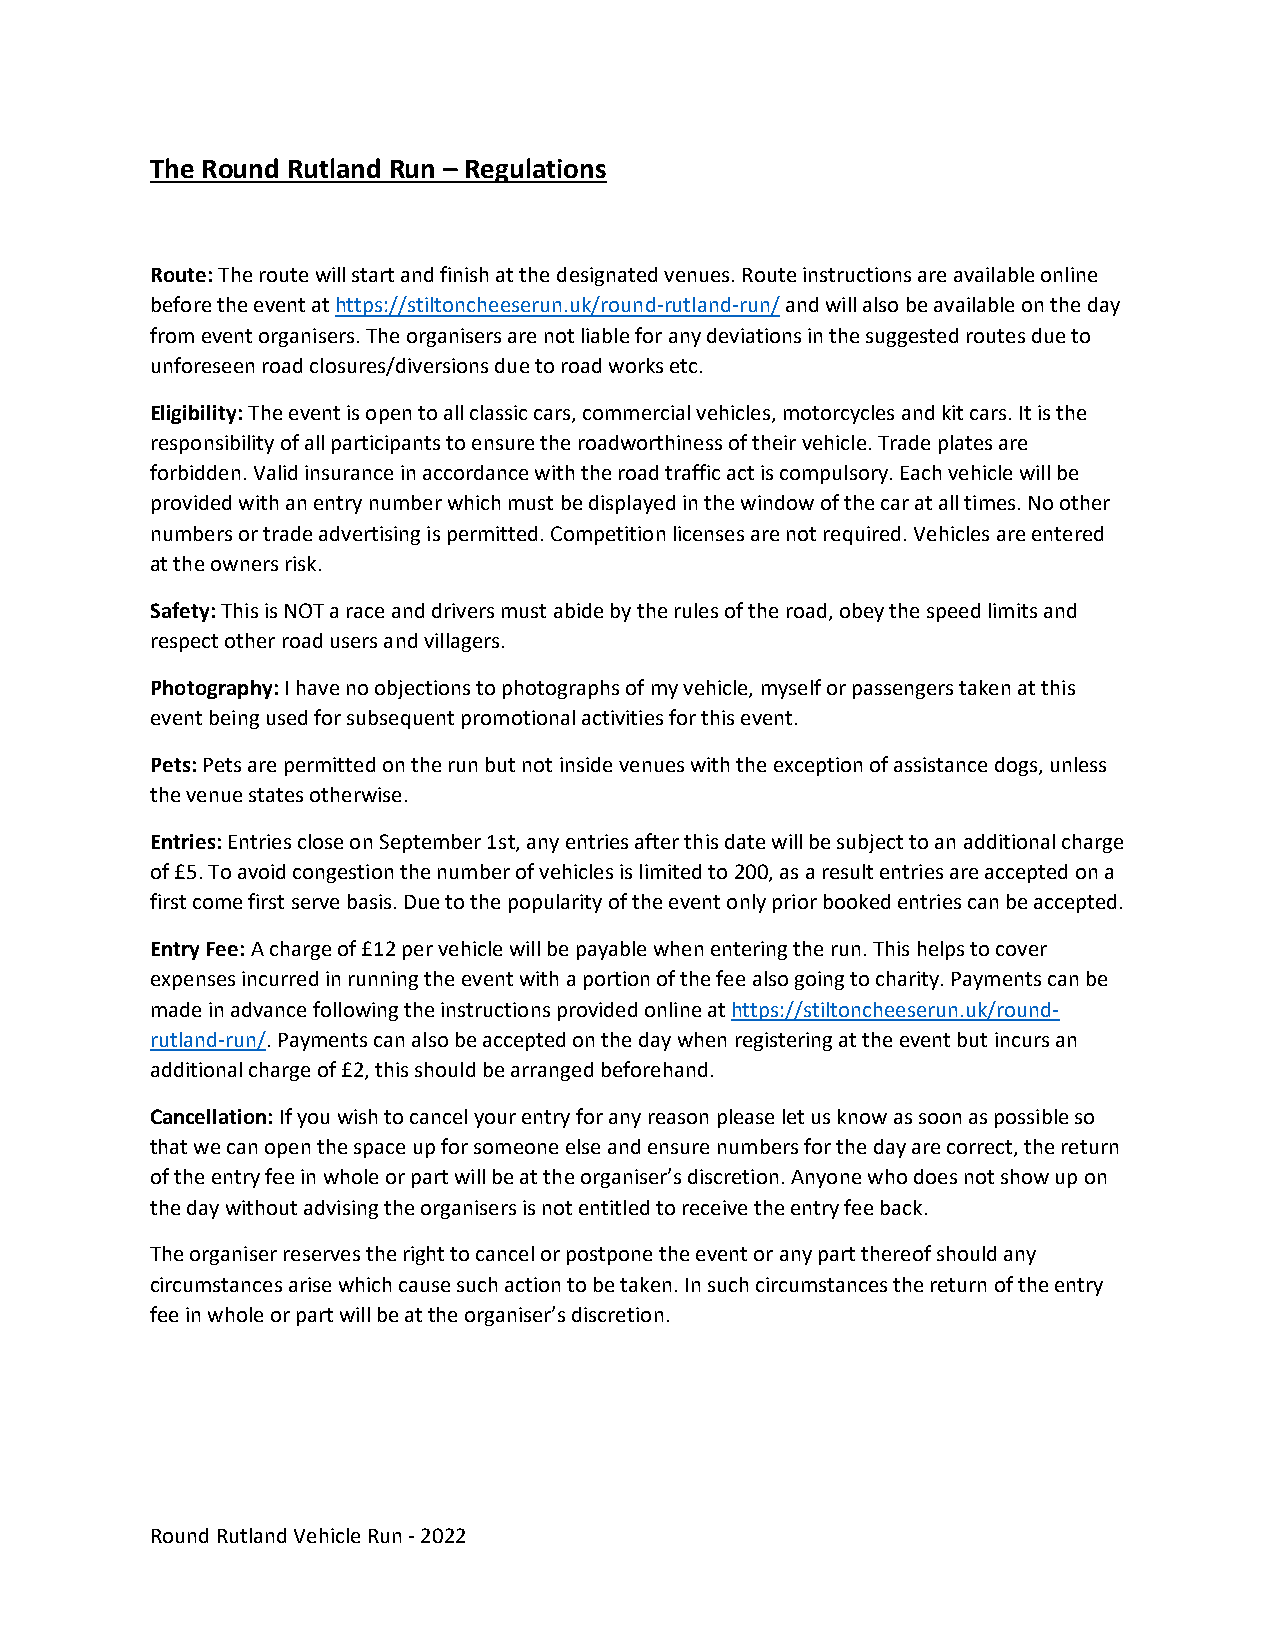
The Round Rutland Run – Regulations
 Route: The route will start and finish at the designated venues. Route instructions are available online
 before the event at https://stiltoncheeserun.uk/round-rutland-run/ and will also be available on the day
 from event organisers. The organisers are not liable for any deviations in the suggested routes due to
 unforeseen road closures/diversions due to road works etc.
 Eligibility: The event is open to all classic cars, commercial vehicles, motorcycles and kit cars. It is the
 responsibility of all participants to ensure the roadworthiness of their vehicle. Trade plates are
 forbidden. Valid insurance in accordance with the road traffic act is compulsory. Each vehicle will be
 provided with an entry number which must be displayed in the window of the car at all times. No other
 numbers or trade advertising is permitted. Competition licenses are not required. Vehicles are entered
 at the owners risk.
 Safety: This is NOT a race and drivers must abide by the rules of the road, obey the speed limits and
 respect other road users and villagers.
 Photography: I have no objections to photographs of my vehicle, myself or passengers taken at this
 event being used for subsequent promotional activities for this event.
 Pets: Pets are permitted on the run but not inside venues with the exception of assistance dogs, unless
 the venue states otherwise.
 Entries: Entries close on September 1st, any entries after this date will be subject to an additional charge
 of £5. To avoid congestion the number of vehicles is limited to 200, as a result entries are accepted on a
 first come first serve basis. Due to the popularity of the event only prior booked entries can be accepted.
 Entry Fee: A charge of £12 per vehicle will be payable when entering the run. This helps to cover
 expenses incurred in running the event with a portion of the fee also going to charity. Payments can be
 made in advance following the instructions provided online at https://stiltoncheeserun.uk/round-
 rutland-run/. Payments can also be accepted on the day when registering at the event but incurs an
 additional charge of £2, this should be arranged beforehand.
 Cancellation: If you wish to cancel your entry for any reason please let us know as soon as possible so
 that we can open the space up for someone else and ensure numbers for the day are correct, the return
 of the entry fee in whole or part will be at the organiser’s discretion. Anyone who does not show up on
 the day without advising the organisers is not entitled to receive the entry fee back.
 The organiser reserves the right to cancel or postpone the event or any part thereof should any
 circumstances arise which cause such action to be taken. In such circumstances the return of the entry
 fee in whole or part will be at the organiser’s discretion.
 Round Rutland Vehicle Run - 2022